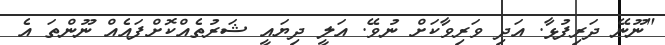
"ނޫނޭ ދަރިފުޅާ. އަދި ވަރިވާކަށް ނުވޭ. އަލީ ދިޔައީ ޝަރުތެއްކޮށްފައެއް ނޫންތަ އެ